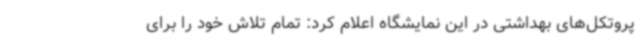
پروتکل‌های بهداشتی در این نمایشگاه اعلام کرد: تمام تلاش خود را برای